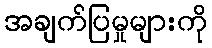
အချက်ပြမှုများကို